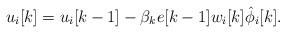
LaTeX: \begin{align*}u_i[k] = u_i[k-1] - \beta_k e[k-1] w_i[k] \hat{\phi}_i[k].\end{align*}